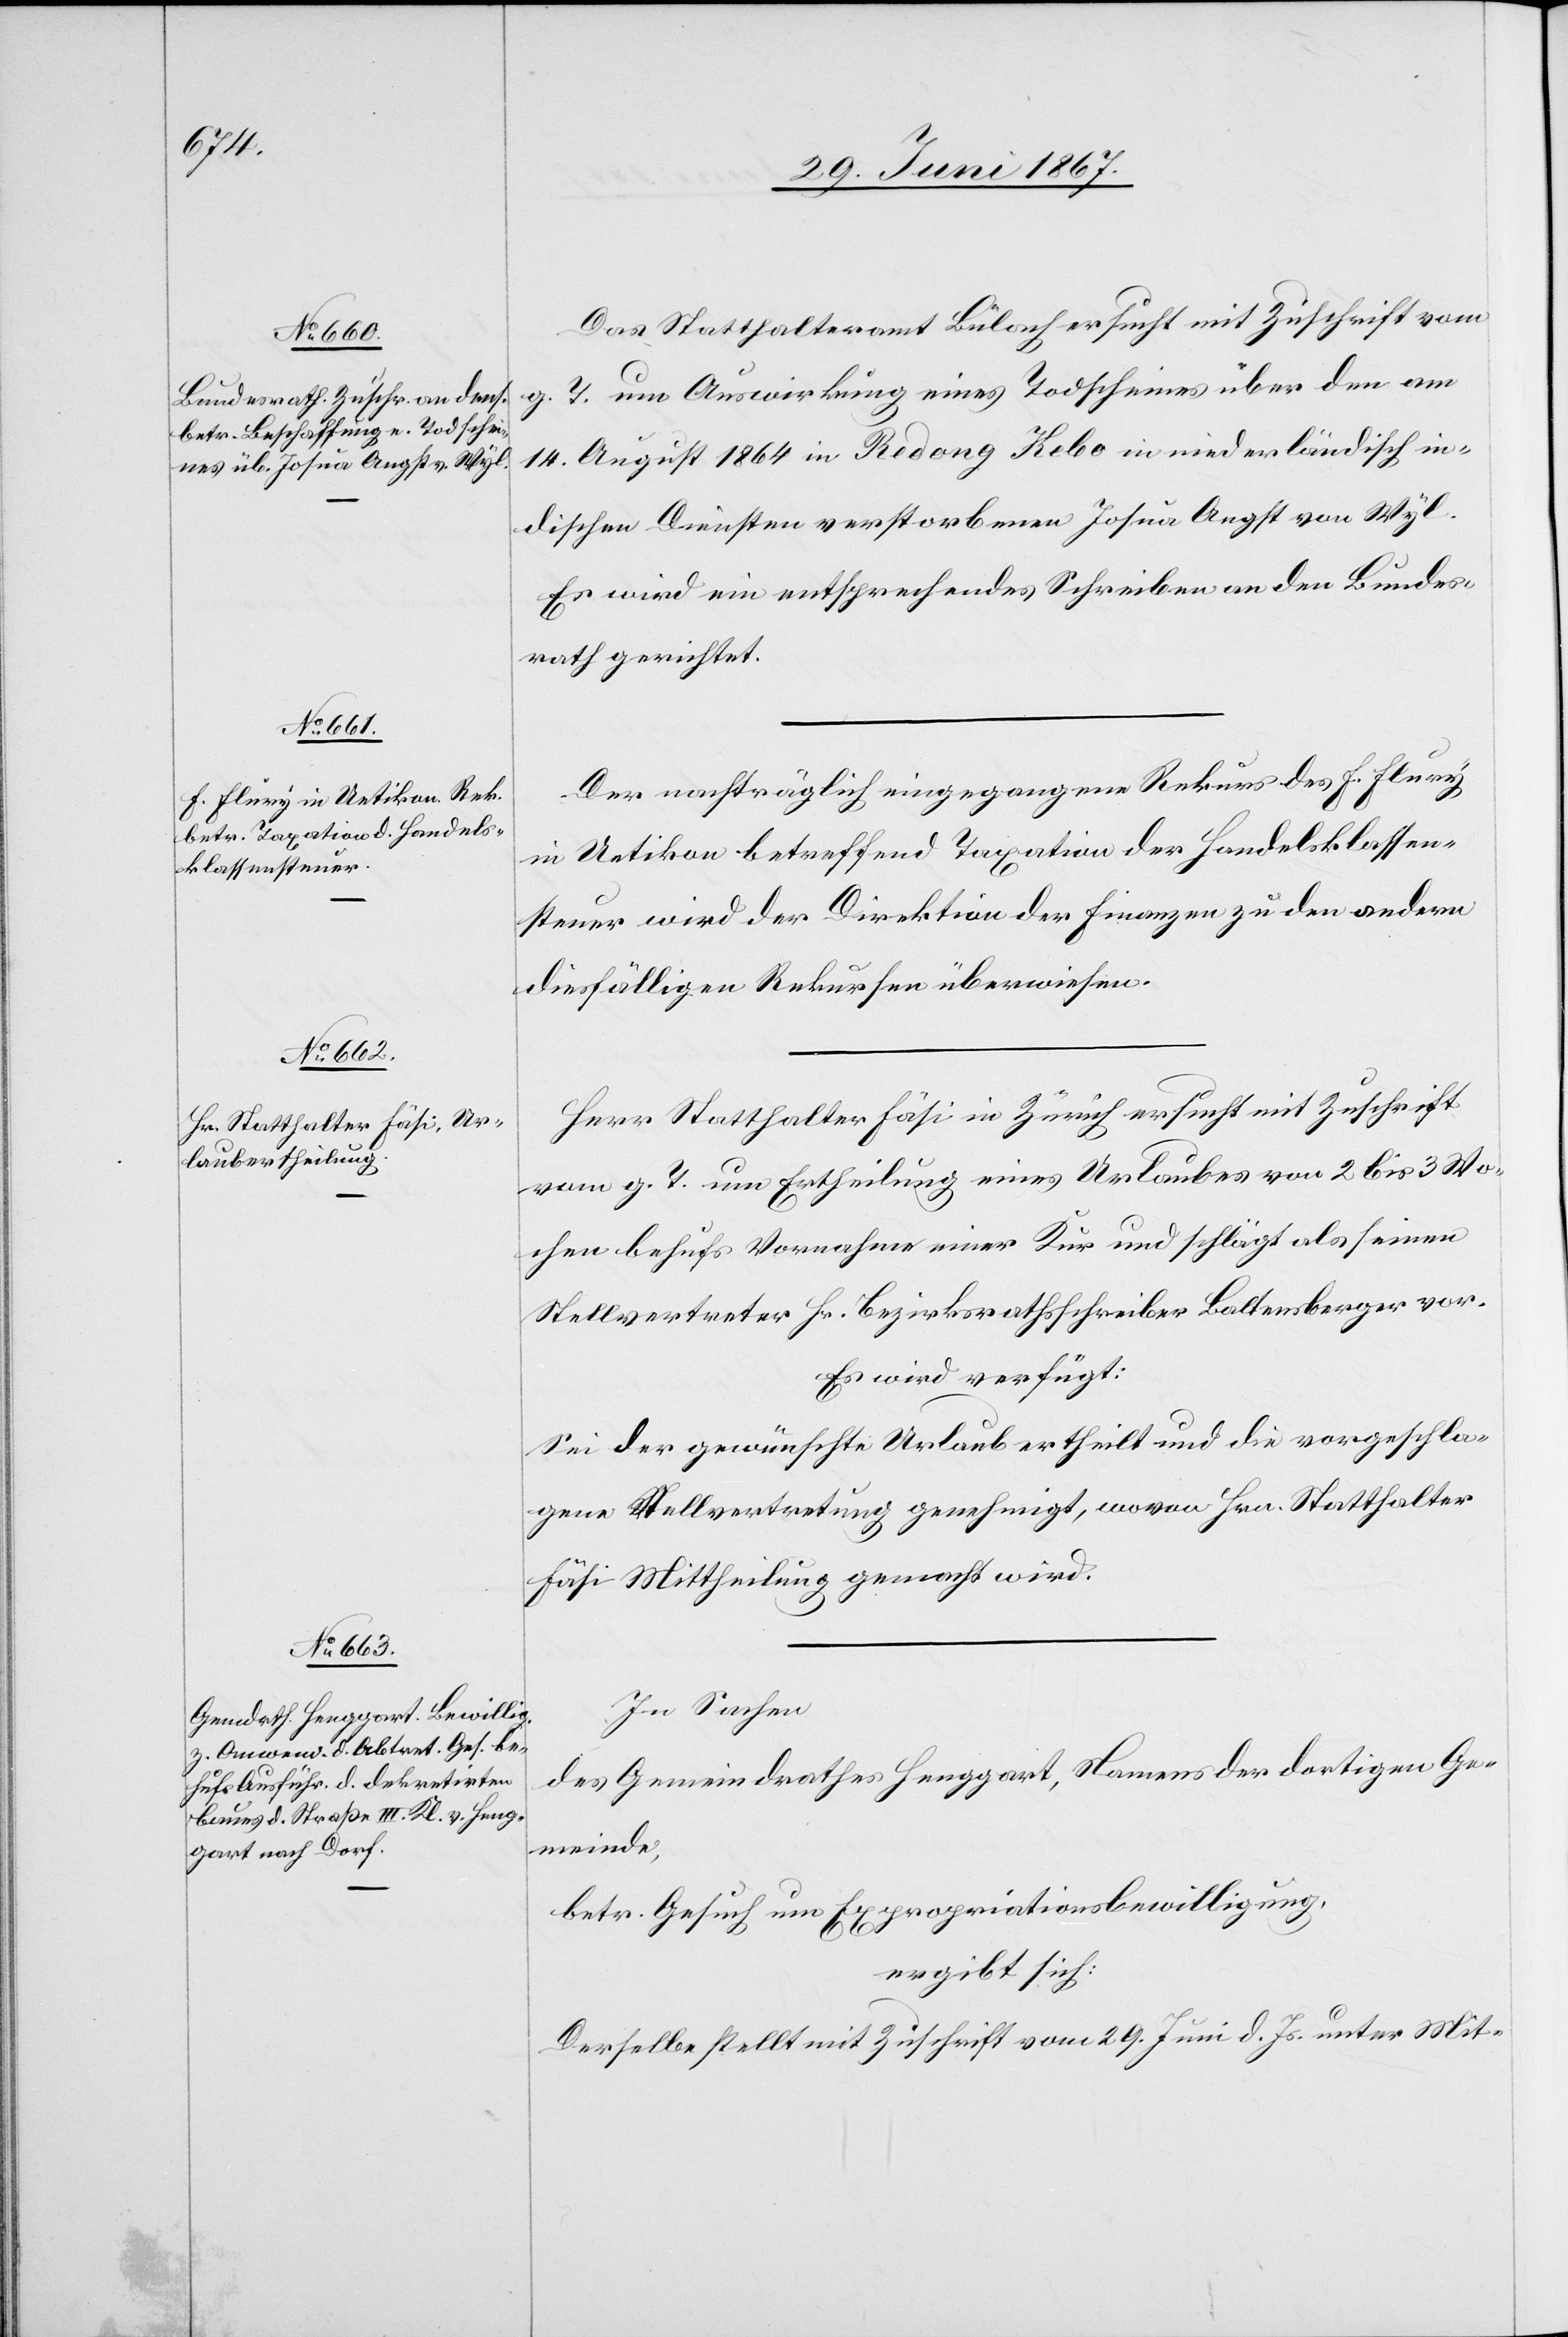
6. Juli

Das Statthalteramt Bülach ersucht mit Zuschrift vom
T. um Auswirkung eines Todscheines über den am
g.
14. August 1864 in Redong Kebo in niederländisch in¬
dischen Diensten verstorbenen Josua Angst von Wyl.
Es wird ein entsprechendes Schreiben an den Bundes¬
rath gerichtet.
Der nachträglich eingegangene Rekurs des F. Flury
in Uetikon betreffend Taxation der Handelsklassen¬
steuer wird der Direktion der Finanzen zu den andern
diesfälligen Rekursen überwiesen.
Herr Statthalter Fäsi in Zürich ersucht mit Zuschrift
vom g. T. um Ertheilung eines Urlaubes von 2 bis 3 Wo¬
chen behufs Vornahme einer Kur und schlägt als seinen
Stellvertreter Hr. Bezirksrathsschreiber Baltensberger vor.
Es wird verfügt:
Sei der gewünschte Urlaub ertheilt und die vorgeschla¬
gene Stellvertretung genehmigt, wovon Hrn. Statthalter
Fäsi Mittheilung gemacht wird.
In Sachen
des Gemeindrathes Henggart, Namens der dortigen Ge¬
meinde,
betr. Gesuch um Expropriationsbewilligung,
ergibt sich:
Derselbe stellt mit Zuschrift vom 29. Juni d. Js. unter Mit-